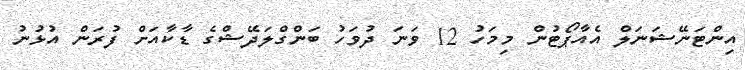
އިންޓަނޭޝަނަލް އެއާޕޯޓުން މިމަހު 12 ވަނަ ދުވަހު ބަންގްލަދޭޝްގެ ޑާކާއަށް ފުރަން އުޅުނު